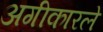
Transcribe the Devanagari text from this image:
अगीकारले